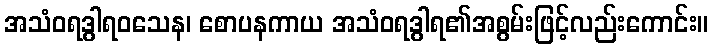
အသံဝရဒွါရဝသေန၊ စောပနကာယ အသံဝရဒွါရ၏အစွမ်းဖြင့်လည်းကောင်း။